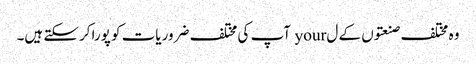
وہ مختلف صنعتوں کے ل your آپ کی مختلف ضروریات کو پورا کرسکتے ہیں۔